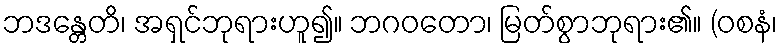
ဘဒန္တေတိ၊ အရှင်ဘုရားဟူ၍။ ဘဂဝတော၊ မြတ်စွာဘုရား၏။ (ဝစနံ၊